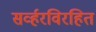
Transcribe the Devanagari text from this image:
सर्व्हरविरहित